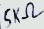
Text: 5KΩ